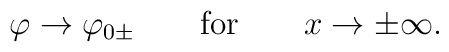
\varphi\rightarrow \varphi_{0\pm}\quad\quad \mbox{\rm for}\quad\quad x\rightarrow\pm\infty.